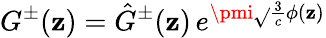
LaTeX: G^{\pm}(\mathbf{z})=\hat{{G}}^{\pm}(\mathbf{z})\, e^{\pmi{\sqrt{}{{{\frac{{3}}{{c}}}}}}\phi(\mathbf{z})}